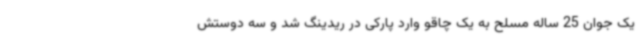
یک جوان 25 ساله مسلح به یک چاقو وارد پارکی در ریدینگ شد و سه دوستش